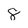
Character: 8